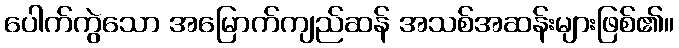
ပေါက်ကွဲသော အမြောက်ကျည်ဆန် အသစ်အဆန်းများဖြစ်၏။